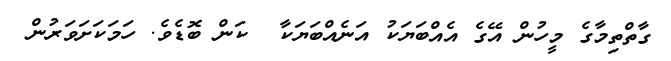
ގާތްތިމާގެ މީހުން އޭގެ އެއްބަޔަކު އަނެއްބަޔަކާ  ކަން ބޮޑެވެ. ހަމަކަށަވަރުން